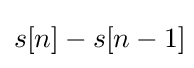
s[n]-s[n-1]\!